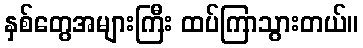
နှစ်တွေအများကြီး ထပ်ကြာသွားတယ်။